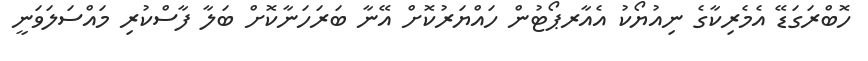
ހޮބްރަގަޑޭ އެމެރިކާގެ ނިއުޔޯކު އެއާރޕޯޓުން ހައްޔަރުކޮށް އޭނާ ބަރަހަނާކޮށް ބަލާ ފާސްކުރި މައްސަލަވަނީ